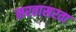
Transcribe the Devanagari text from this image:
सरतासरता